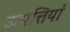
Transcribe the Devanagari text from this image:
उत्पत्तियां